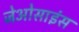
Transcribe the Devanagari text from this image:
जेओसाइंस